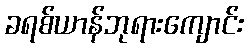
ခရစ်ယာန်ဘုရားကျောင်း